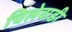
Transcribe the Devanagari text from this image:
चिलेवाडी